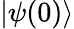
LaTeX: |\psi(0)\rangle